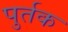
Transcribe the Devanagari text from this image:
पुर्तक